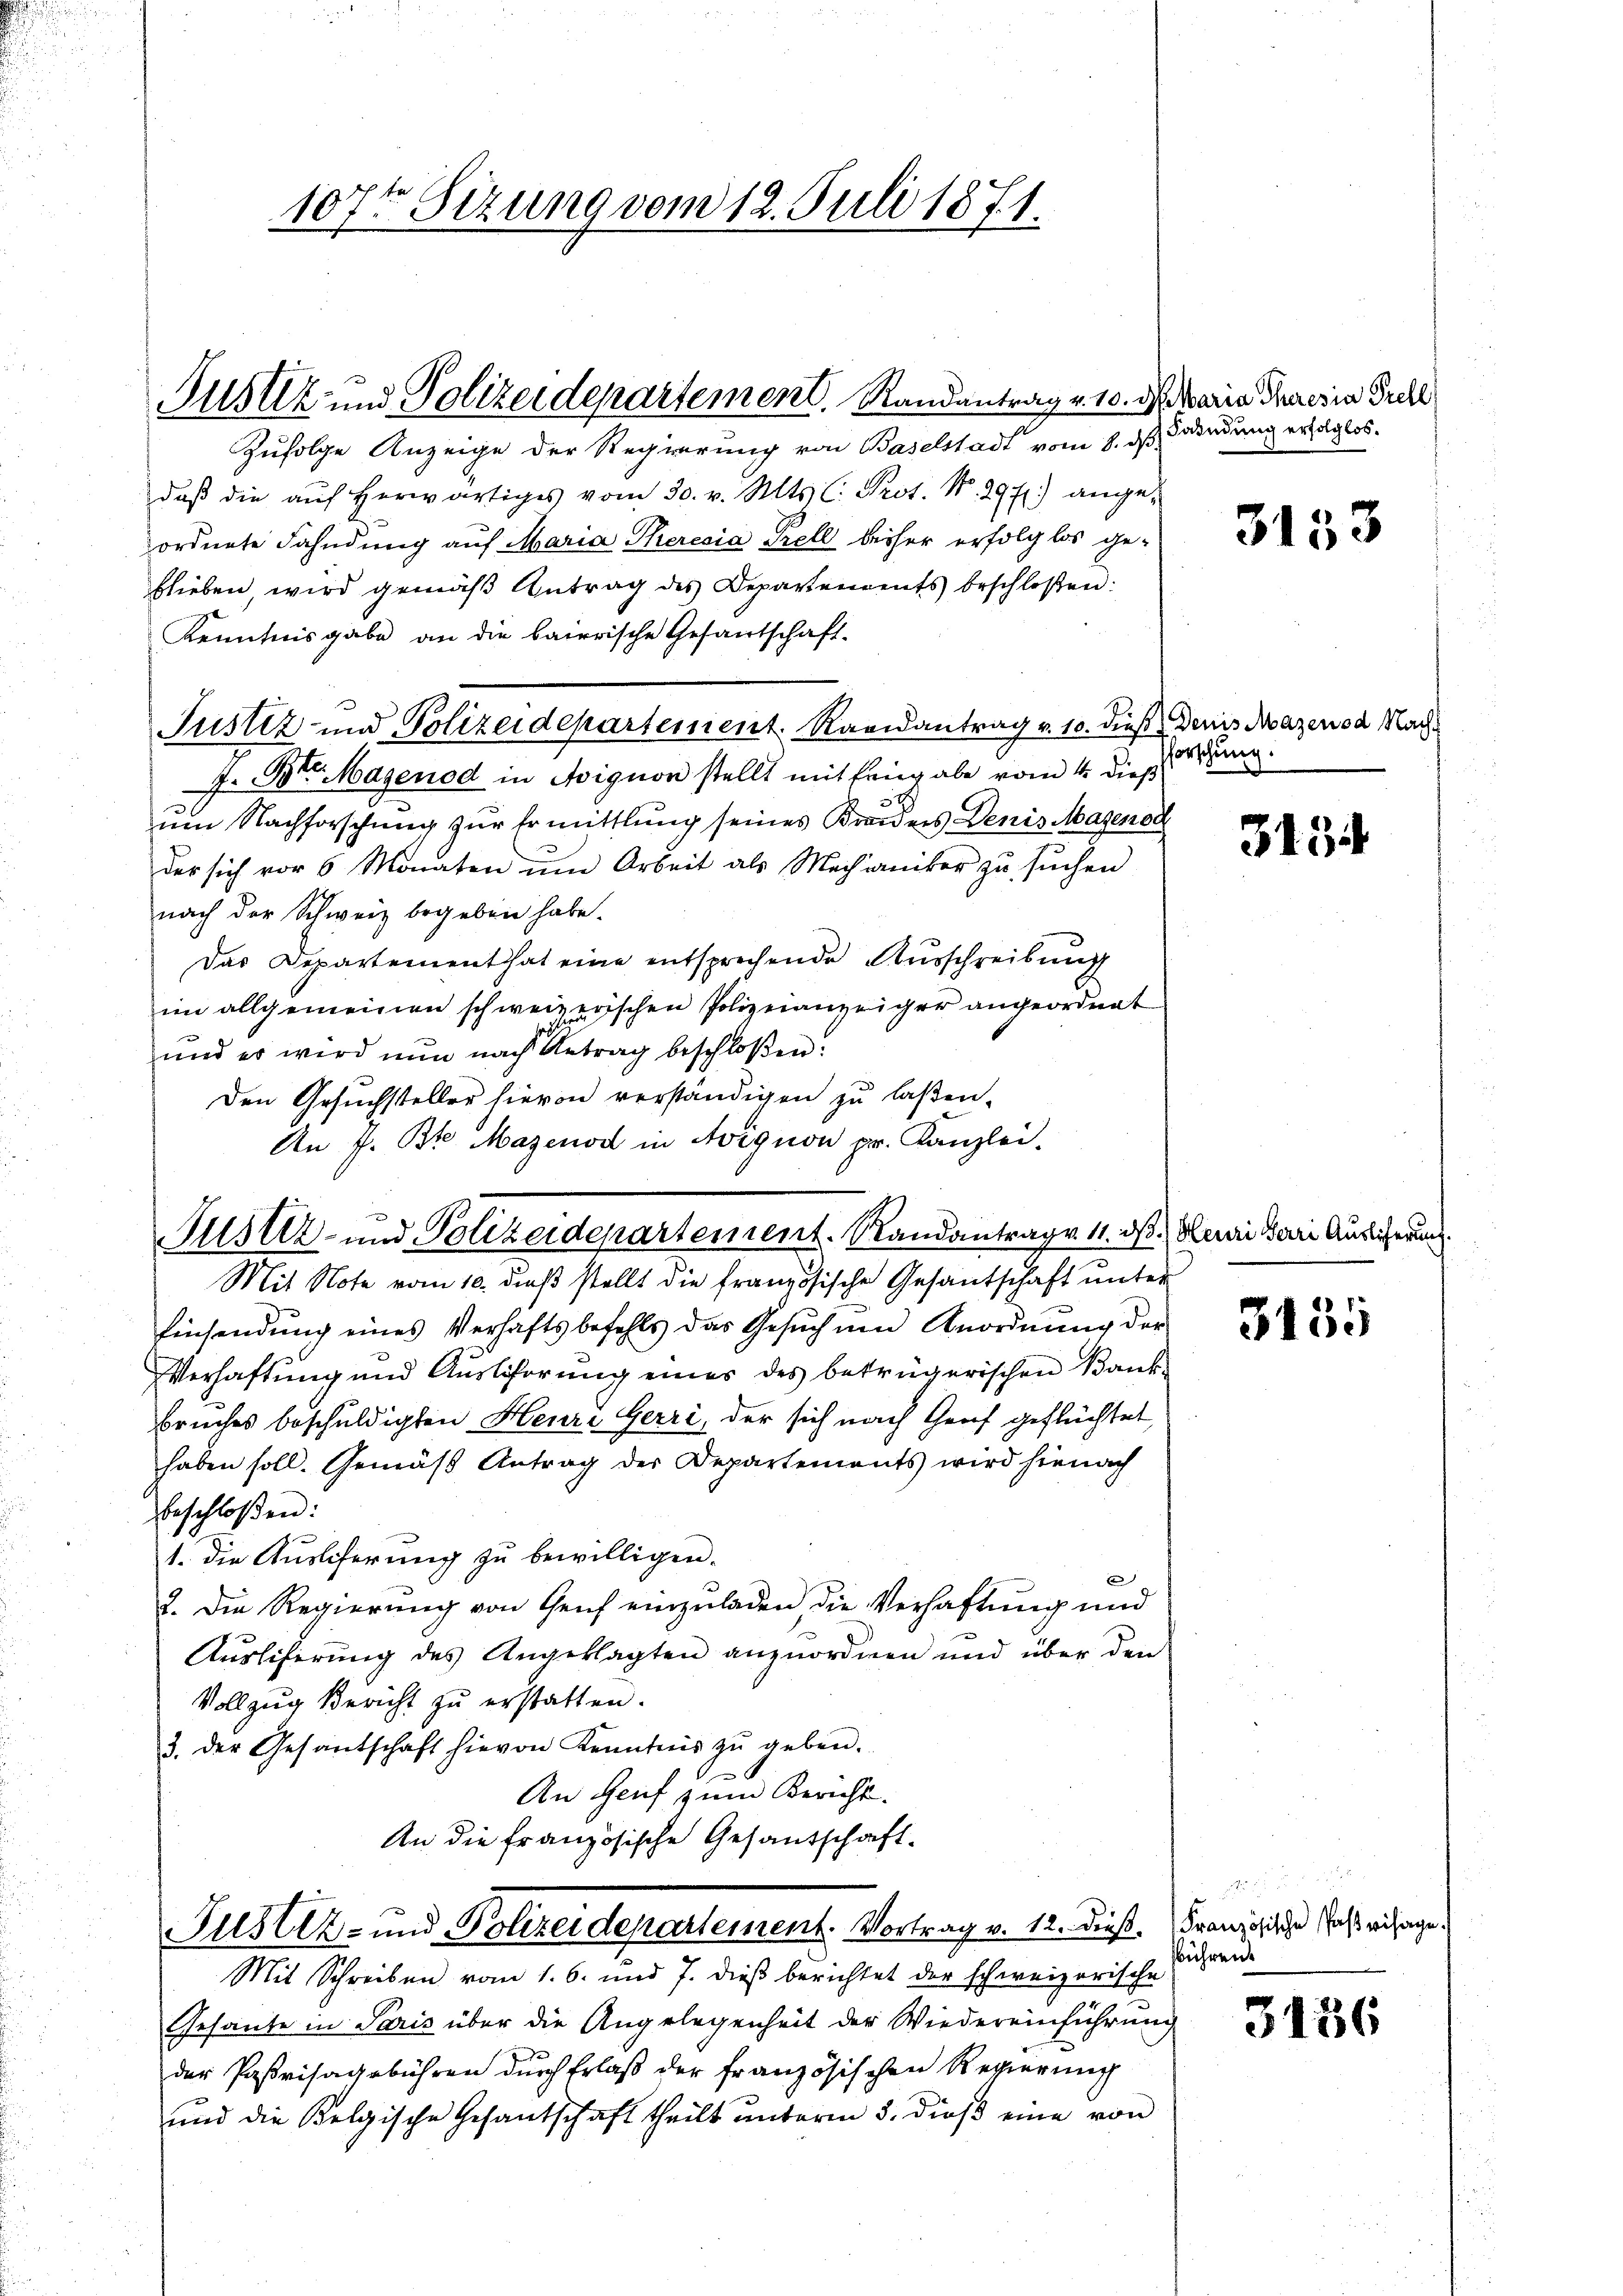
Justiz- und Polizeidepartement. Randantrag v. 10. d. Maria Praesia Prell
Zufolge Anzeige der Regierung von Baselstadt vom 8. daß Brendung erfolglos.

107ten Sizung vom 12. Juli 1871.

Justiz- und Polizeidepartement. Vortrag v. 12. Dieß. Französische Jass mich ange

daβ die aŭf herwärtiges vom 30. v. Mts. C. Prot. N. 2971) ange-
ordnete Fahndung auf Maria Theresia Prell bisher erfolglos ge-
blieben, wird gemäß Antrag des Departements beschloßen:
Kenntnisgabe an die baierische Gesantschaft-
Justiz und Polizeidepartement. Raandantrag v. 10. dieß Denis Mazenod Nach
J. Br. Majenod in Avignon stellt mit Eingabe vom 4. dies.
.
um Nachforschung zur Ermittlung seines Kreidens Denis Mazenor
der sich vor 6 Monaten um Arbeit als Mechaniker zu suchen
nach der Schweiz begeben habe.
Das Departement hat eine entsprechende Ausschreibung
im allgemeinen schweizerischen Polizeianzeiger angeordnet
und er wird nun nach Antrag beschloßen:
Den Gesuchsteller hievon verständigen zu laßen.
An f. Bre Mazenod in Avignon pr. Kanzlei.
Justiz- und Polizeidepartement. Randantrage 11. ds. Heuri der Auslicherung
Mit Note vom 10. dieß stellt die französische Gesantschaft unter
Einsendŭng eines Verhaftsbefehls das Gesŭch ŭm Anordnŭng der
Verhaftung und Auslicherŭng eines des betrügerischen Bank-
bruches beschuldigten Heure Gerri, der sich nach Genf geflüchtet,
haben soll. Gemäß Antrag der Departements wird hienach
beschloßen:
1. Die Ausliferung zu bewilligen.
e
2. Die Regierung von Genf einzuladen die Verhaftung und
Ausliferung des Angeklagten anzuordnen und über den
Vollzug Bericht zu erstatten.
3. der Gesantschaft hievon Kenntnis zŭ geben.
An Genf zum Bericht.
An die französische Gesandschaft-

Mit Schreiben vom 1. 6. und 7. dieß berichtet der schweizerische
Gesante in Paris über die Angelegenheit der Wiedereinführung
der Paßvisagebühren durch Erlaß der französischen Regierung
und die Belgische Gesantschaft theilt ŭnterm 5. dieβ eine von

3133

Pforschung.

3434

3455

führen.

3136